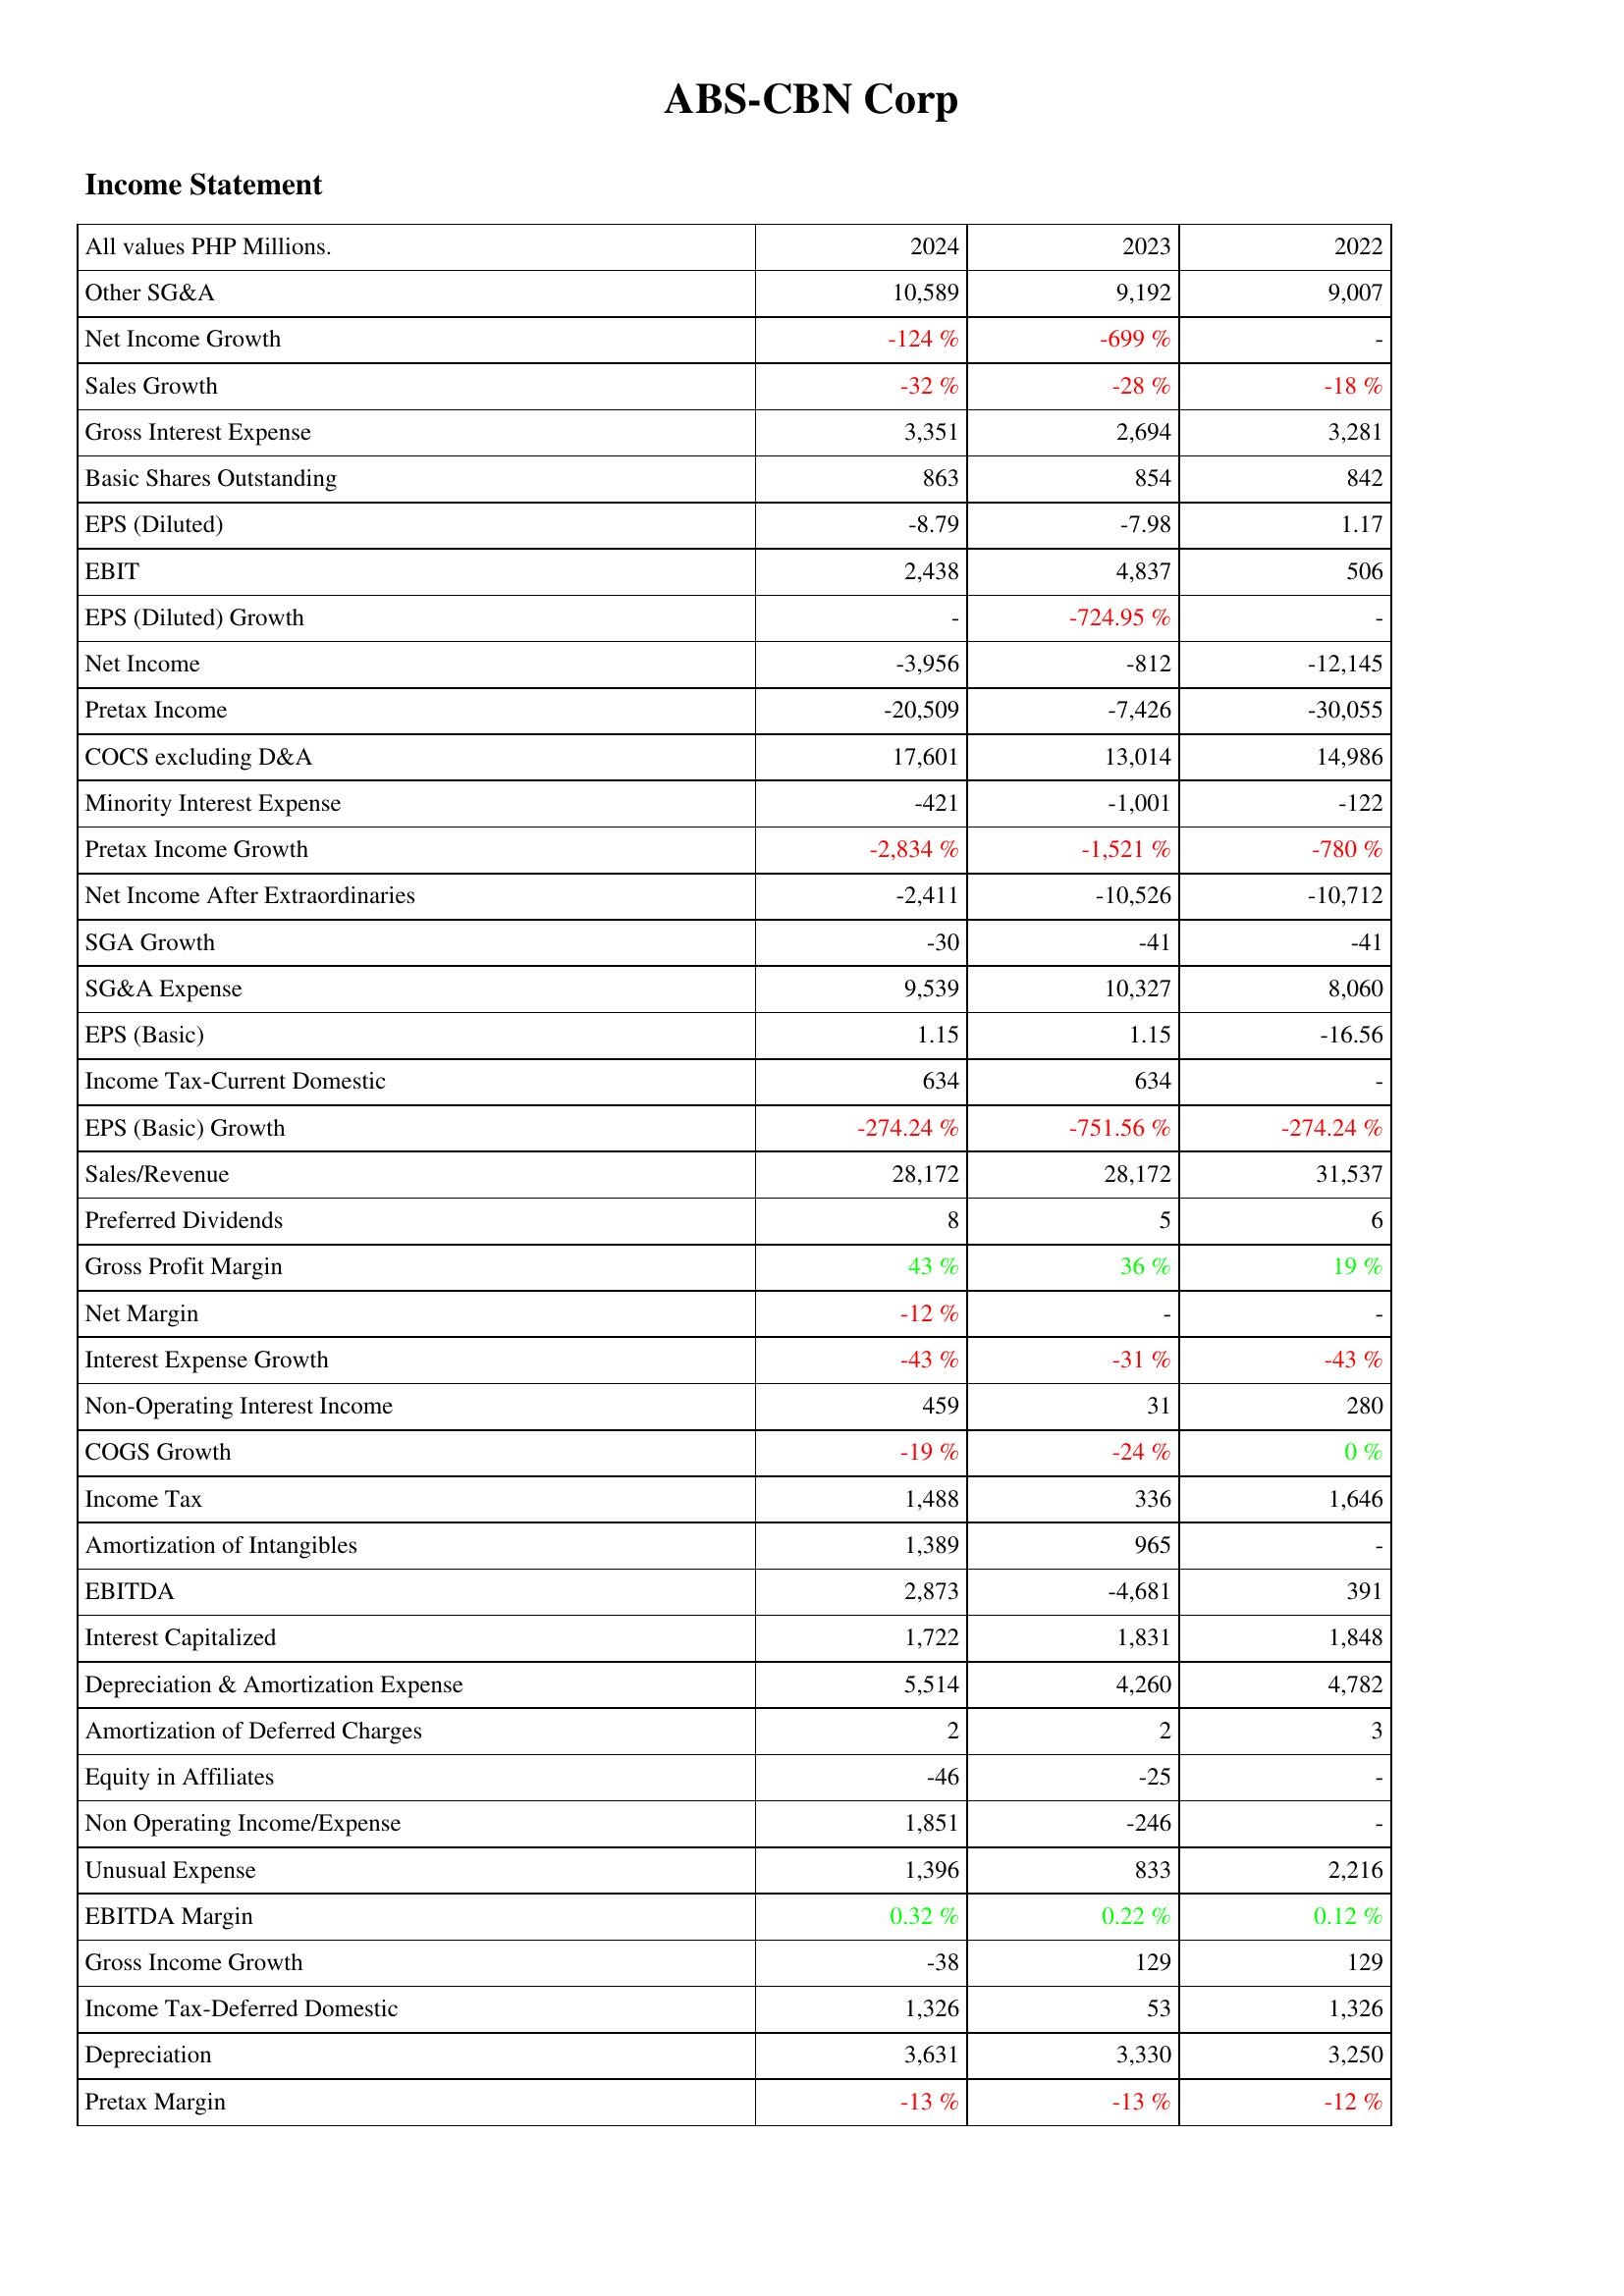
2024: Income Statement: Other SG&A: 10,589
Net Income Growth: -124 %
Sales Growth: -32 %
Gross Interest Expense: 3,351
Basic Shares Outstanding: 863
EPS (Diluted): -8.79
EBIT: 2,438
EPS (Diluted) Growth: -
Net Income: -3,956
Pretax Income: -20,509
COCS excluding D&A: 17,601
Minority Interest Expense: -421
Pretax Income Growth: -2,834 %
Net Income After Extraordinaries: -2,411
SGA Growth: -30
SG&A Expense: 9,539
EPS (Basic): 1.15
Income Tax-Current Domestic: 634
EPS (Basic) Growth: -274.24 %
Sales/Revenue: 28,172
Preferred Dividends: 8
Gross Profit Margin: 43 %
Net Margin: -12 %
Interest Expense Growth: -43 %
Non-Operating Interest Income: 459
COGS Growth: -19 %
Income Tax: 1,488
Amortization of Intangibles: 1,389
EBITDA: 2,873
Interest Capitalized: 1,722
Depreciation & Amortization Expense: 5,514
Amortization of Deferred Charges: 2
Equity in Affiliates: -46
Non Operating Income/Expense: 1,851
Unusual Expense: 1,396
EBITDA Margin: 0.32 %
Gross Income Growth: -38
Income Tax-Deferred Domestic: 1,326
Depreciation: 3,631
Pretax Margin: -13 %
2023: Income Statement: Other SG&A: 9,192
Net Income Growth: -699 %
Sales Growth: -28 %
Gross Interest Expense: 2,694
Basic Shares Outstanding: 854
EPS (Diluted): -7.98
EBIT: 4,837
EPS (Diluted) Growth: -724.95 %
Net Income: -812
Pretax Income: -7,426
COCS excluding D&A: 13,014
Minority Interest Expense: -1,001
Pretax Income Growth: -1,521 %
Net Income After Extraordinaries: -10,526
SGA Growth: -41
SG&A Expense: 10,327
EPS (Basic): 1.15
Income Tax-Current Domestic: 634
EPS (Basic) Growth: -751.56 %
Sales/Revenue: 28,172
Preferred Dividends: 5
Gross Profit Margin: 36 %
Net Margin: -
Interest Expense Growth: -31 %
Non-Operating Interest Income: 31
COGS Growth: -24 %
Income Tax: 336
Amortization of Intangibles: 965
EBITDA: -4,681
Interest Capitalized: 1,831
Depreciation & Amortization Expense: 4,260
Amortization of Deferred Charges: 2
Equity in Affiliates: -25
Non Operating Income/Expense: -246
Unusual Expense: 833
EBITDA Margin: 0.22 %
Gross Income Growth: 129
Income Tax-Deferred Domestic: 53
Depreciation: 3,330
Pretax Margin: -13 %
2022: Income Statement: Other SG&A: 9,007
Net Income Growth: -
Sales Growth: -18 %
Gross Interest Expense: 3,281
Basic Shares Outstanding: 842
EPS (Diluted): 1.17
EBIT: 506
EPS (Diluted) Growth: -
Net Income: -12,145
Pretax Income: -30,055
COCS excluding D&A: 14,986
Minority Interest Expense: -122
Pretax Income Growth: -780 %
Net Income After Extraordinaries: -10,712
SGA Growth: -41
SG&A Expense: 8,060
EPS (Basic): -16.56
Income Tax-Current Domestic: -
EPS (Basic) Growth: -274.24 %
Sales/Revenue: 31,537
Preferred Dividends: 6
Gross Profit Margin: 19 %
Net Margin: -
Interest Expense Growth: -43 %
Non-Operating Interest Income: 280
COGS Growth: 0 %
Income Tax: 1,646
Amortization of Intangibles: -
EBITDA: 391
Interest Capitalized: 1,848
Depreciation & Amortization Expense: 4,782
Amortization of Deferred Charges: 3
Equity in Affiliates: -
Non Operating Income/Expense: -
Unusual Expense: 2,216
EBITDA Margin: 0.12 %
Gross Income Growth: 129
Income Tax-Deferred Domestic: 1,326
Depreciation: 3,250
Pretax Margin: -12 %